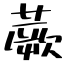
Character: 蕨